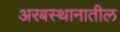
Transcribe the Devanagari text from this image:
अरबस्थानातील